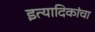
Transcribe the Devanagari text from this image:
इत्यादिकांचा